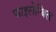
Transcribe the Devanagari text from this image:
फाइलेन्थिल